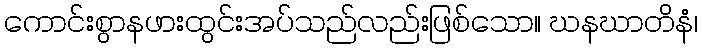
ကောင်းစွာနဖားထွင်းအပ်သည်လည်းဖြစ်သော။ ဃနဃာတိနံ၊